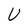
Character: U